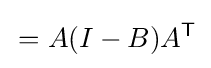
\,=A(I-B)A^{\mathsf {T}}